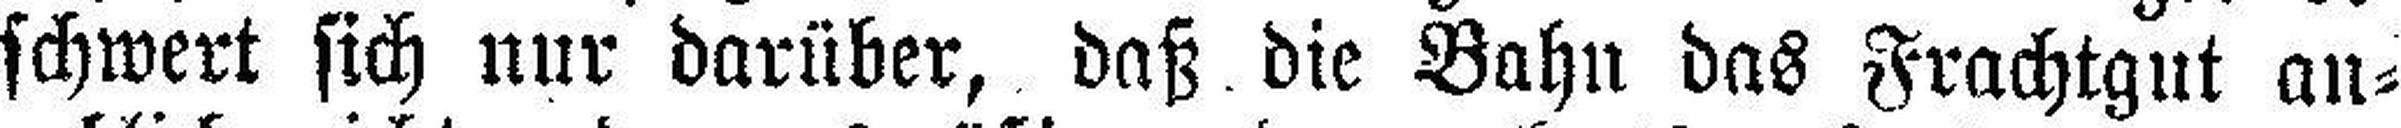
schwert sich nur darüber, daß die Bahn das Frachtgut an¬